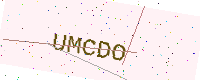
Text: UMCDO